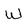
Character: W